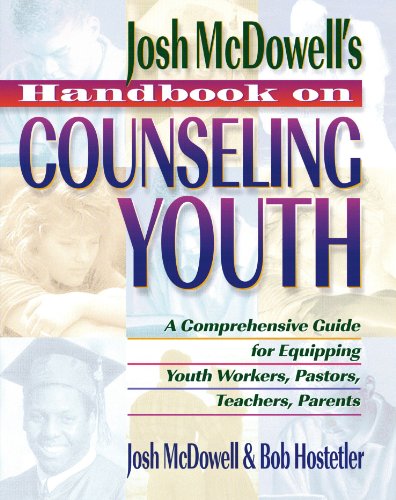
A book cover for Handbook on Counseling Youth: A Comprehensive Guide for Equipping Youth Workers, Pastors, Teachers, Parents; Josh McDowell; Christian Books & Bibles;